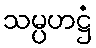
သမ္ပဟဋ္ဌံ